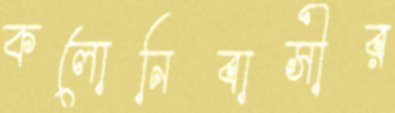
কলোনিবাসীর